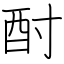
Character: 酎